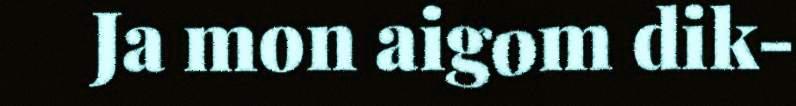
Ja mon aigom dik-